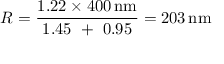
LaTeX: R = { \frac { 1 . 2 2 \times 4 0 0 \, { \mathrm { n m } } } { 1 . 4 5 \ + \ 0 . 9 5 } } = 2 0 3 \, { \mathrm { n m } }